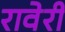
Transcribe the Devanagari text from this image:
रावेरी